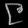
Digit: ၉